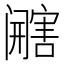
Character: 𰿿